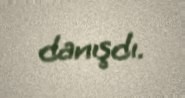
danışdı.